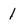
Character: 1